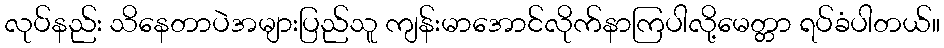
လုပ်နည်း သိနေတာပဲအများပြည်သူ ကျန်းမာအောင်လိုက်နာကြပါလို့မေတ္တာ ရပ်ခံပါတယ်။